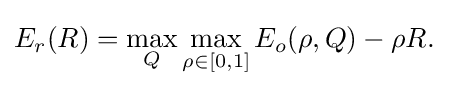
E_{r}(R)=\max _{Q}\max _{\rho \in [0,1]}E_{o}(\rho ,Q)-\rho R.\;